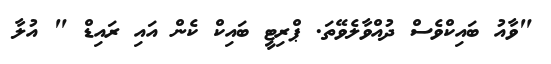
"ވާއު ބައިކްވެސް ދުއްވާލެވޭތަ. ޕްރިޓީ ބައިކް ކެން އައި ރައިޑް " އުލާ